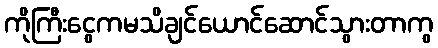
ကိုကြီးငွေကမသိချင်ယောင်ဆောင်သွားတာကွ